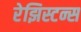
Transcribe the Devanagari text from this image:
रेझिस्टन्स